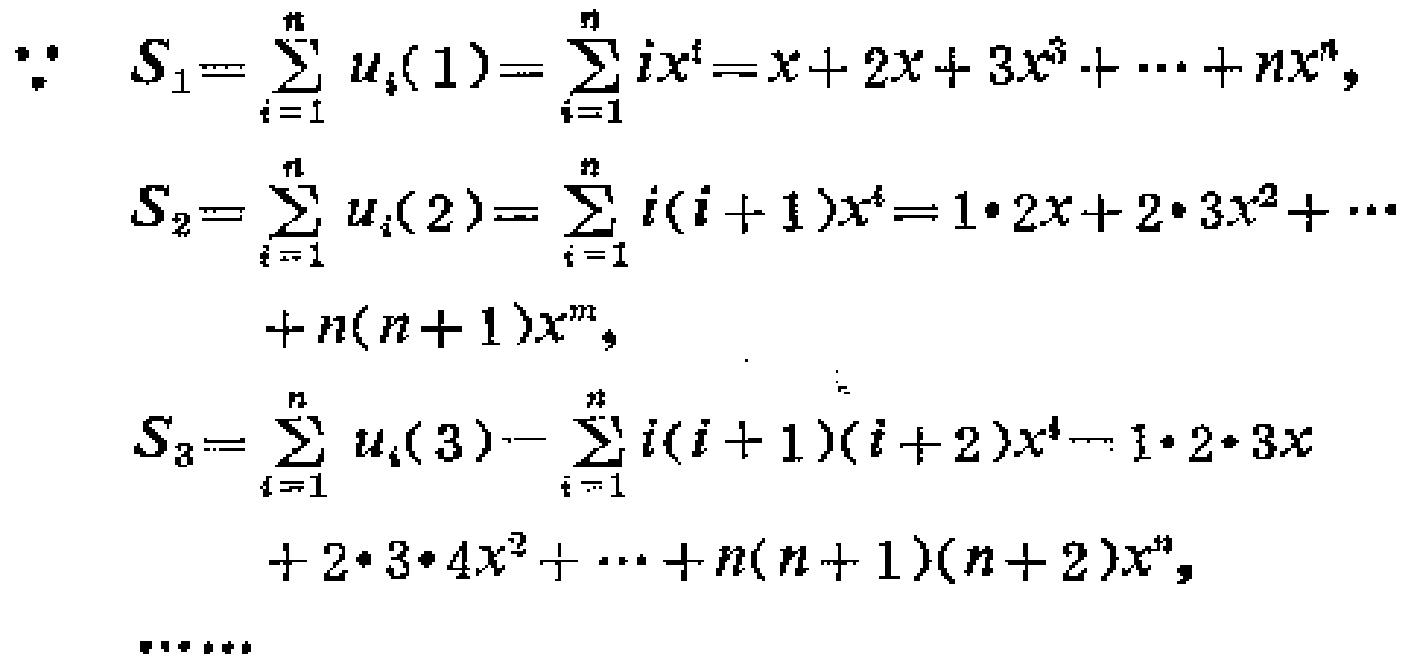
\begin{align*}
\because S_{1}&=\sum_{i = 1}^{n} u_{i}(1)=\sum_{i = 1}^{n} i x^{i}=x + 2x+3x^{3}+\cdots+nx^{n},\\
S_{2}&=\sum_{i = 1}^{n} u_{i}(2)=\sum_{i = 1}^{n} i(i + 1)x^{i}=1\cdot2x+2\cdot3x^{2}+\cdots\\
&+n(n + 1)x^{n},\\
S_{3}&=\sum_{i = 1}^{n} u_{i}(3)=\sum_{i = 1}^{n} i(i + 1)(i + 2)x^{i}=1\cdot2\cdot3x\\
&+2\cdot3\cdot4x^{2}+\cdots+n(n + 1)(n + 2)x^{n},\\
&\cdots\cdots
\end{align*}